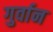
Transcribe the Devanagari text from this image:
गुर्वान